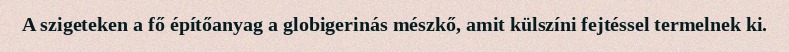
A szigeteken a fő építőanyag a globigerinás mészkő, amit külszíni fejtéssel termelnek ki.